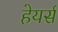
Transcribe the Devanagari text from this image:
हेयर्स